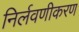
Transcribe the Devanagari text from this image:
निर्लवणीकरण